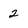
Character: 2